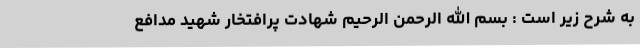
به شرح زیر است : بسم الله الرحمن الرحیم شهادت پرافتخار شهید مدافع